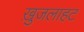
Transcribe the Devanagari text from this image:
ख़ुजलाहट